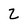
Character: 2